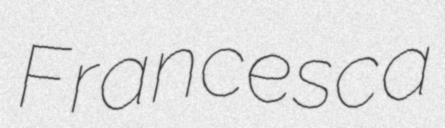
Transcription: Francesca